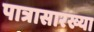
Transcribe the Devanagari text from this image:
पात्रासारख्या